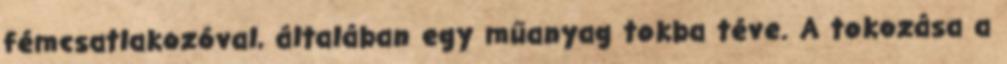
fémcsatlakozóval, általában egy műanyag tokba téve. A tokozása a